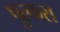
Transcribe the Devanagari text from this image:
पुल्कस